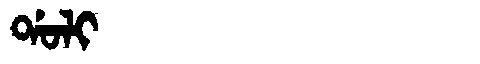
Manchu: ᡩᠣᠯᡳ
Romanization: DOLI